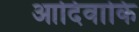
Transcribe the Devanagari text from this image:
आदिवाकि